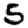
Digit: 5